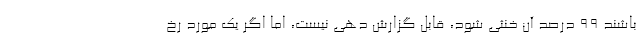
باشند ۹۹ درصد آن خنثی شود، قابل گزارش دهی نیست، اما اگر یک مورد رخ